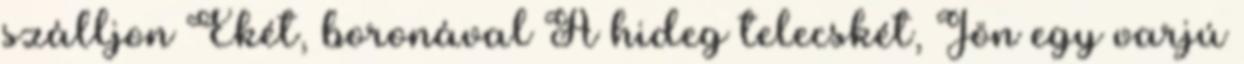
szálljon Ekét, boronával A hideg telecskét, Jön egy varjú